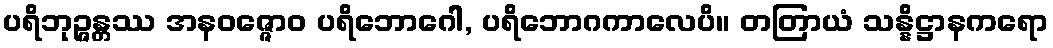
ပရိဘုဉ္ဇန္တဿ အနဝဇ္ဇောဝ ပရိဘောဂေါ, ပရိဘောဂကာလေပိ။ တတြာယံ သန္နိဋ္ဌာနကရော